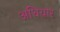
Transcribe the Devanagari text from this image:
अधियार